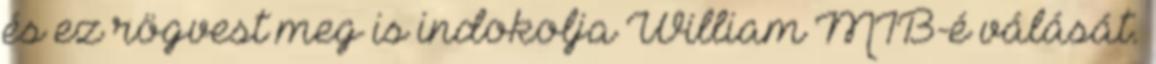
és ez rögvest meg is indokolja William MIB-é válását.